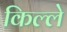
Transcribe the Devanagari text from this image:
किल्‍ले